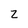
Character: Z